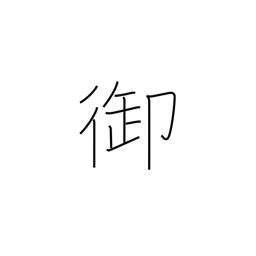
Meaning: govern